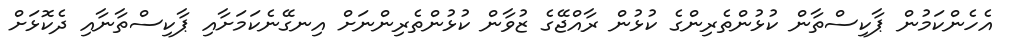
އެހެންކަމުން ޕާކިސްތާން ކުޅުންތެރިންގެ ކުޅުން ރާއްޖޭގެ ޒުވާން ކުޅުންތެރިންނަށް އިނގޭނެކަމަށާއި ޕާކިސްތާނާއި ދެކޮޅަށް